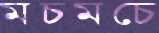
মচমচে